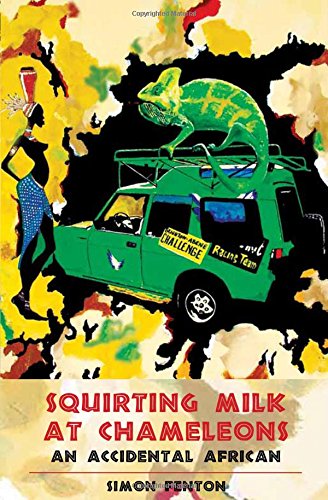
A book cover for Squirting Milk at Chameleons: An Accidental African; Simon Fenton; Travel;